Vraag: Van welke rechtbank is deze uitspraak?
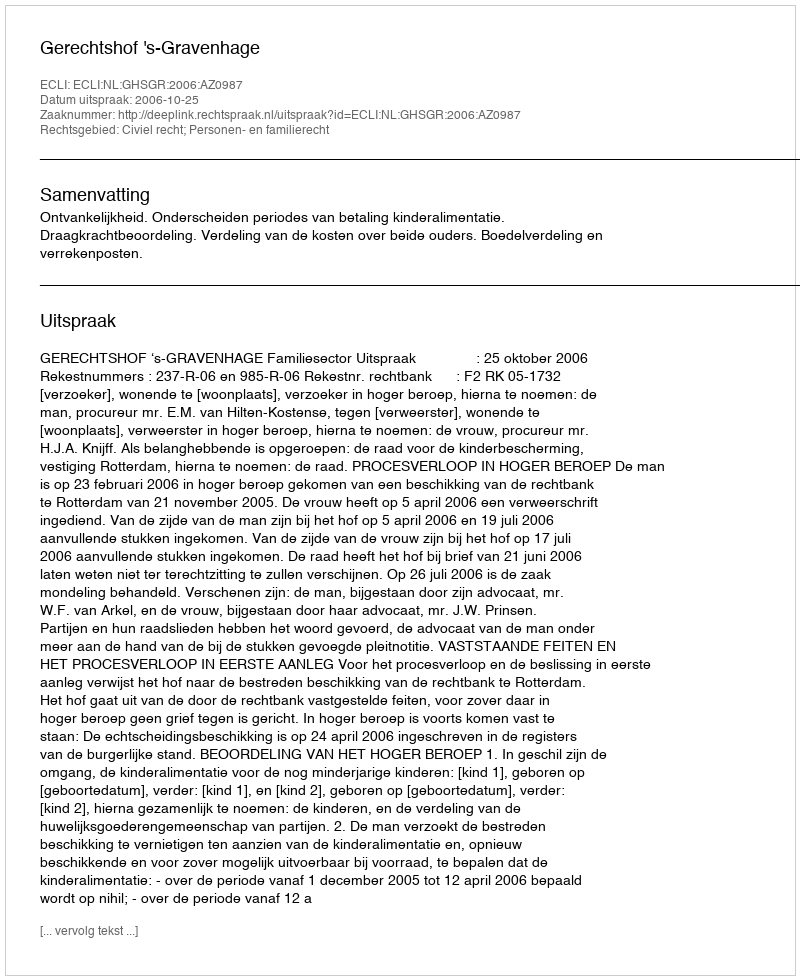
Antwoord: Gerechtshof 's-Gravenhage